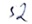
Text: S2